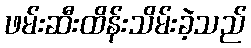
ဖမ်းဆီးထိန်းသိမ်းခဲ့သည်